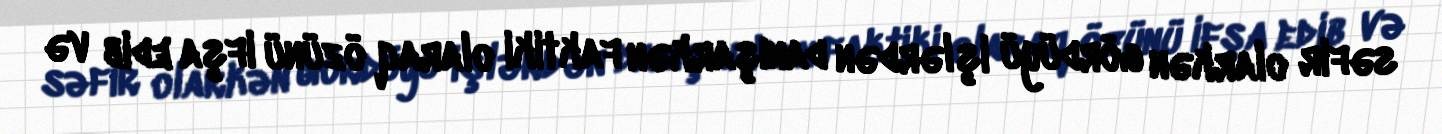
səfir olarkən gördüyü işlərdən danışarkən faktiki olaraq özünü ifşa edib və